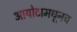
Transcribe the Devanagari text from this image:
आयोटामधूनच